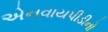
એનવાયપીડીનો